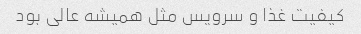
کیفیت غذا و سرویس مثل همیشه عالی بود